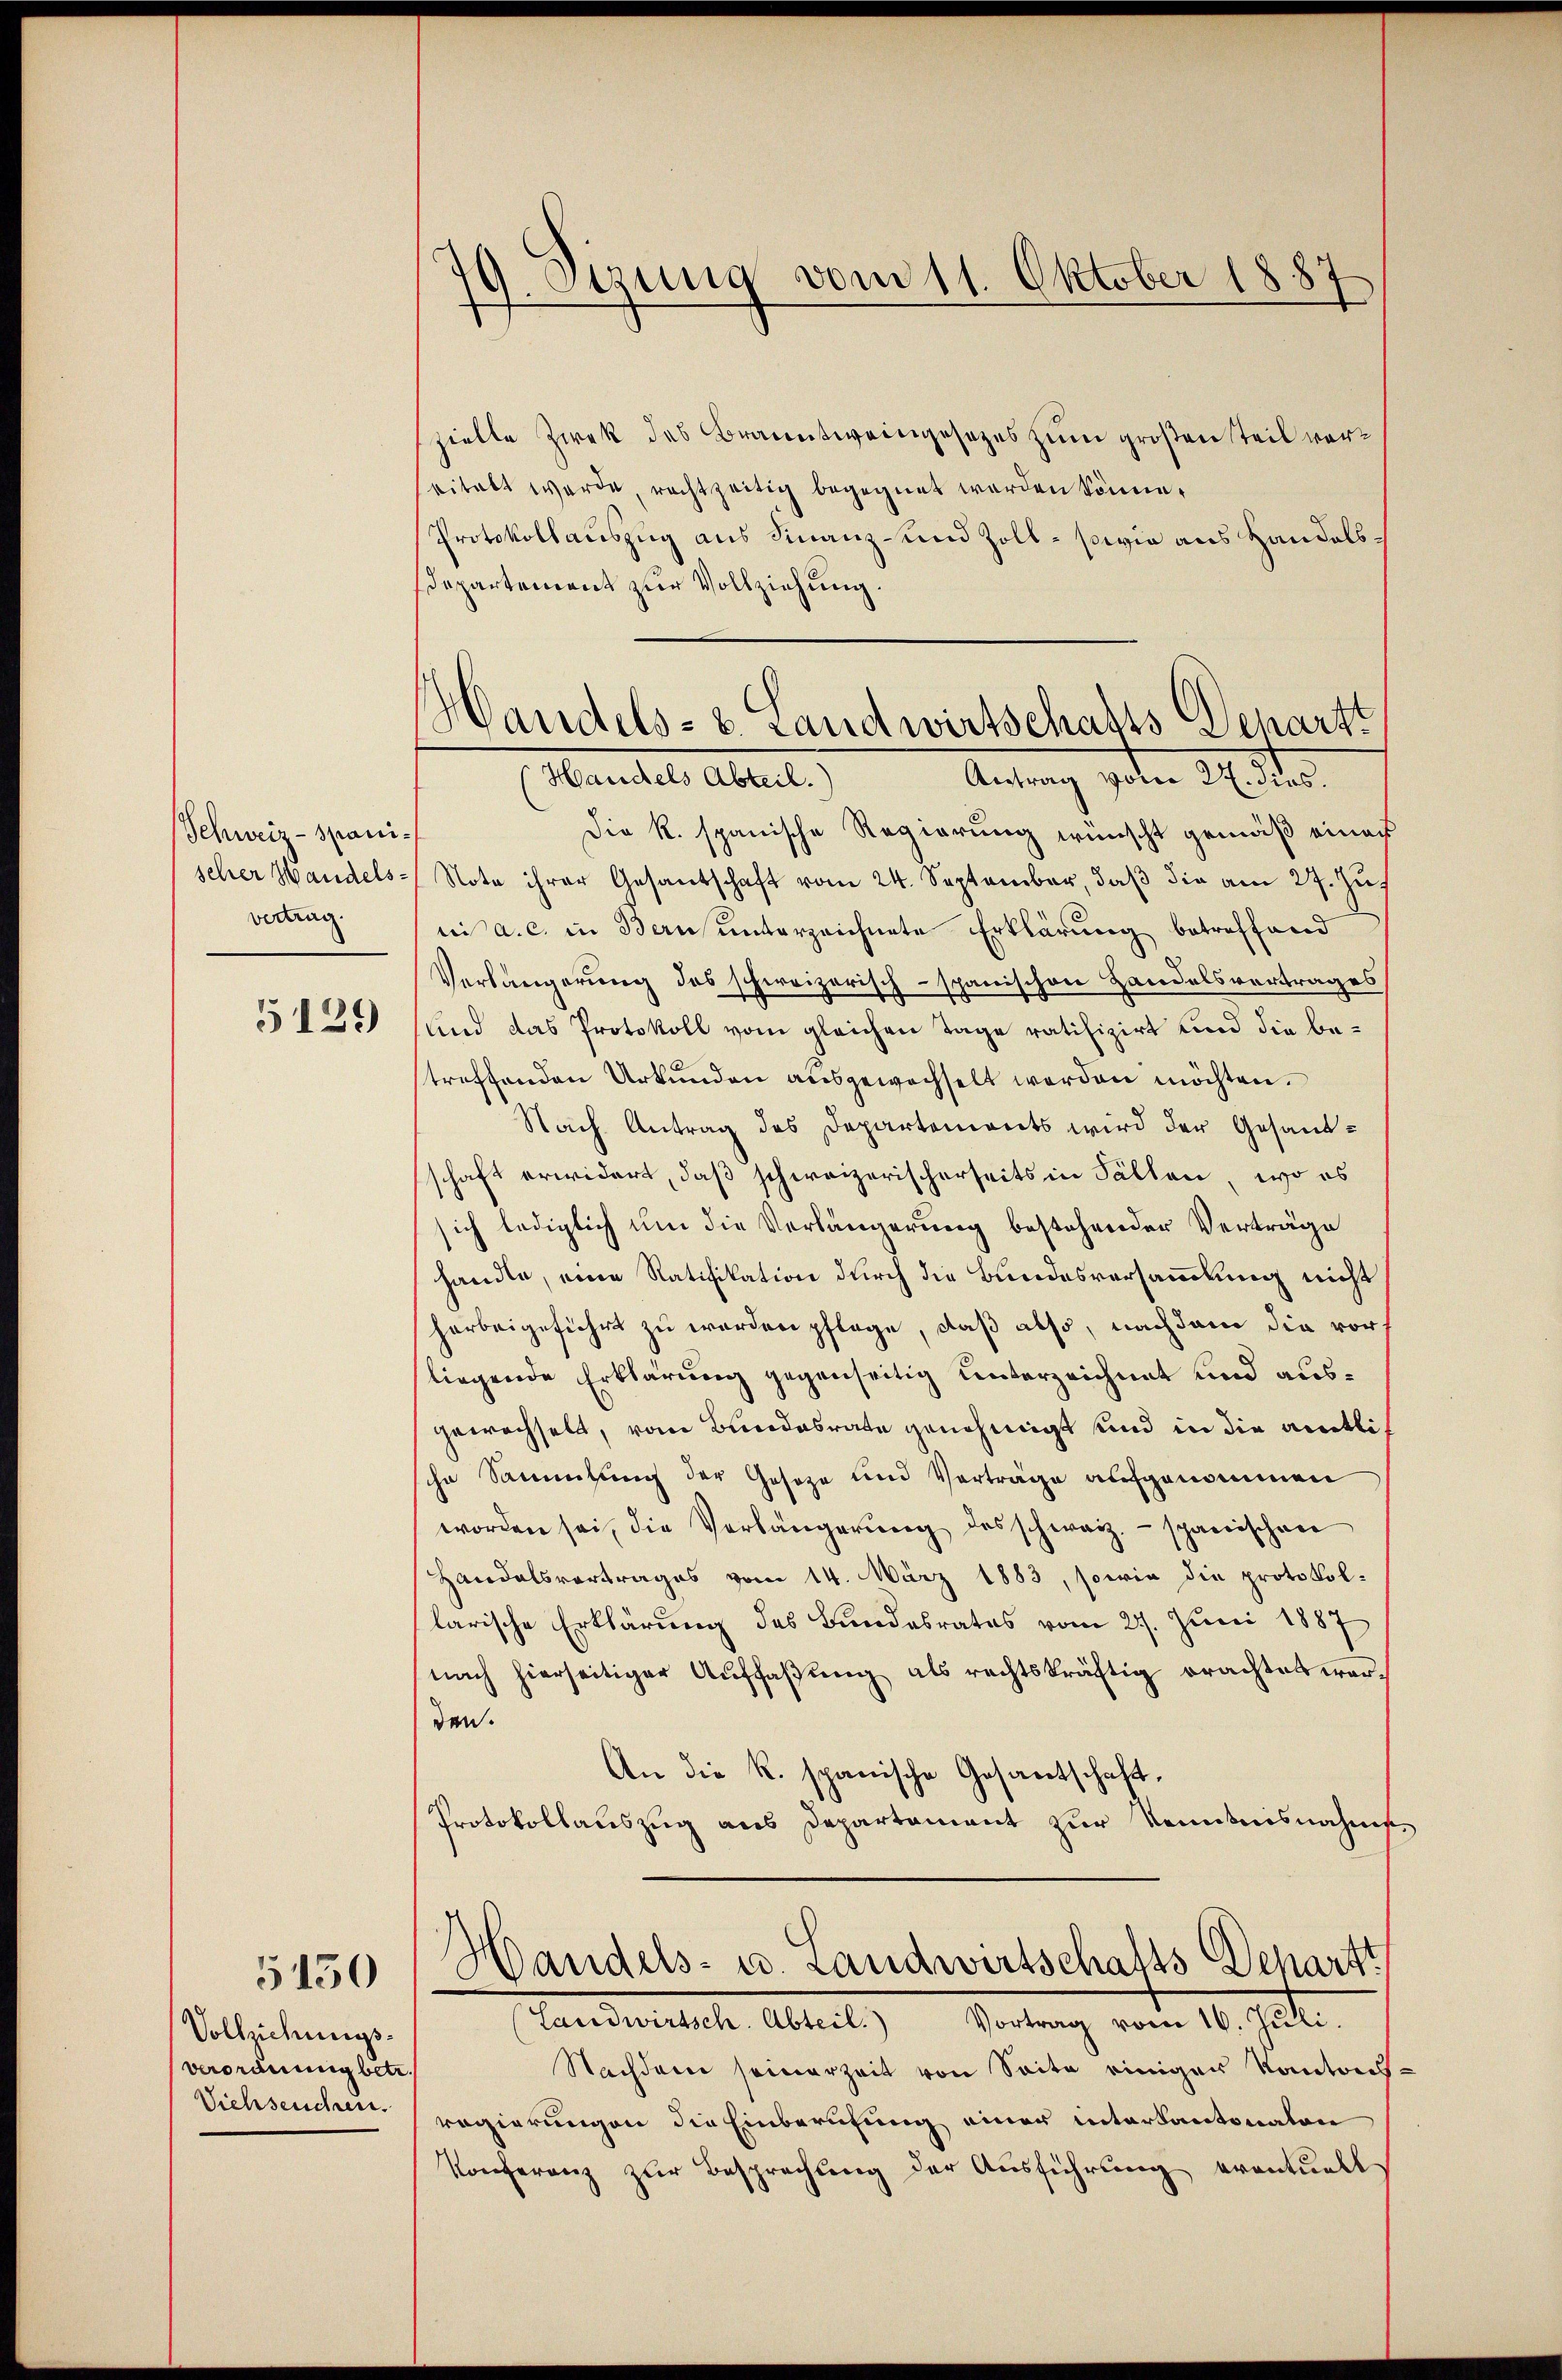
Schweiz - Spaniseher Handelsvertrag

5129

Vollziehungsverordnung betr.
Viehseuchen.

5150

G. Otzung vom 11. Oktober 1887

zielle Zwek des Branntweingesetzes zum großen Teil vereitalt werde, rechtzeitig begegnet werden könne.
Protokollauszug aus Finanz- und Zoll- sowie aus Handels¬
Departement zur Vollziehung.
Die R. spanische Regierung wünscht gemäß einer
Note ihrer Gesantschaft vom 24. September, daß die am 27. Jus
ii a. c. in Bern unterzeichnete Erklärung betreffend
Verlängerung des schweizerisch-spanischen Handelsvertrages
und das Protokoll vom gleichen Tage ratifizirt und die bestreffenden Urkunden aŭsgewechselt werden möchten.
Nach Antrag des Departements wird der Gesandschaft erwidert, daß schweizerischerseits in Fällen, wo es
ich lediglich um die Verlängerung bestehender Verträge
handle, eine Ratifikation durch die Bundesversammlung nicht
harbeigeführt zu werden pflege, daß also, nachdem die vorf
liegende Erklärung gegenseitig unterzeichnet und ausgewachselt, vom Bundesrate genehmigt und in die amtlihn Sammlung der Gesetze und Verträge aufgenommen
worden sei, die Verlängerŭng des schweiz.- spanischen
Handelsvertrages vom 14. März 1883, sowie die protokol-
larische Erklärung des Bundesrates vom 27. Juni 1887
nach hierseitiger Aŭffaβŭng als rechtskräftig erachtet war.
den.
An die K. spanische Gesantschaft.
Protokollauszug aus Departament zur Kenntnisnahms¬

Handels- u. Landwirtschafts Departt
Handels Abteil.)
Antrag vom 27. dies.

Handels- u. Landwirtschafts-Departt

(Landwirtsch. Abteil. Vortrag vom 16. Juli.
Nachdene seinerzeit von Seite einigen Kontrichregierungen die Einberufung einer interkantonalen
Konferenz zur Besprechung der Ausführung eventuell